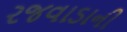
રજવાડાની